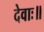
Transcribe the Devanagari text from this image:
देवाः॥